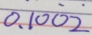
0 , 1 0 \dot { 0 } \dot { 2 }